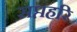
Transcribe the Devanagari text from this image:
सप्तहरि